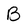
Character: B